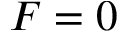
F = 0